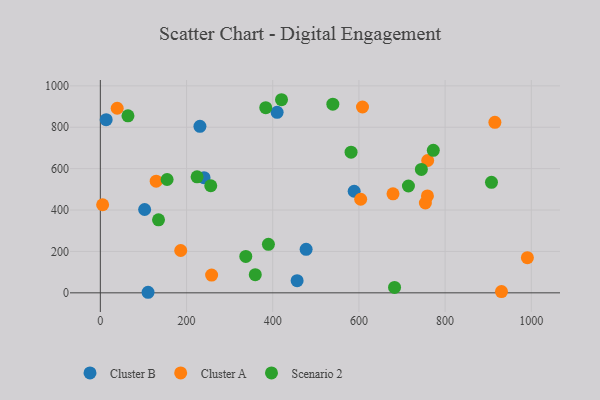
{"axis": {"x": "Ad Spend", "y": "Yield"}, "legend": ["Cluster A", "Cluster B", "Scenario 2"], "data": [{"x": "456.6", "y": 58.5, "type": "Cluster B"}, {"x": "13.5", "y": 836.7, "type": "Cluster B"}, {"x": "477.5", "y": 210.4, "type": "Cluster B"}, {"x": "589.0", "y": 490.7, "type": "Cluster B"}, {"x": "110.7", "y": 2.7, "type": "Cluster B"}, {"x": "102.8", "y": 402.6, "type": "Cluster B"}, {"x": "410.2", "y": 872.0, "type": "Cluster B"}, {"x": "240.6", "y": 556.2, "type": "Cluster B"}, {"x": "231.1", "y": 804.3, "type": "Cluster B"}, {"x": "186.5", "y": 204.5, "type": "Cluster A"}, {"x": "990.9", "y": 169.7, "type": "Cluster A"}, {"x": "39.1", "y": 891.7, "type": "Cluster A"}, {"x": "754.2", "y": 434.0, "type": "Cluster A"}, {"x": "930.8", "y": 6.0, "type": "Cluster A"}, {"x": "759.6", "y": 639.3, "type": "Cluster A"}, {"x": "679.1", "y": 478.1, "type": "Cluster A"}, {"x": "608.3", "y": 897.8, "type": "Cluster A"}, {"x": "5.3", "y": 425.5, "type": "Cluster A"}, {"x": "258.2", "y": 85.6, "type": "Cluster A"}, {"x": "604.1", "y": 452.1, "type": "Cluster A"}, {"x": "759.0", "y": 468.1, "type": "Cluster A"}, {"x": "915.5", "y": 823.7, "type": "Cluster A"}, {"x": "129.6", "y": 539.6, "type": "Cluster A"}, {"x": "581.8", "y": 679.3, "type": "Scenario 2"}, {"x": "390.0", "y": 234.3, "type": "Scenario 2"}, {"x": "135.0", "y": 352.6, "type": "Scenario 2"}, {"x": "539.5", "y": 911.5, "type": "Scenario 2"}, {"x": "682.7", "y": 26.2, "type": "Scenario 2"}, {"x": "772.6", "y": 688.4, "type": "Scenario 2"}, {"x": "383.8", "y": 894.3, "type": "Scenario 2"}, {"x": "744.9", "y": 596.0, "type": "Scenario 2"}, {"x": "224.5", "y": 560.5, "type": "Scenario 2"}, {"x": "714.9", "y": 516.0, "type": "Scenario 2"}, {"x": "359.5", "y": 87.7, "type": "Scenario 2"}, {"x": "64.1", "y": 855.1, "type": "Scenario 2"}, {"x": "420.4", "y": 932.9, "type": "Scenario 2"}, {"x": "907.6", "y": 534.0, "type": "Scenario 2"}, {"x": "256.2", "y": 517.2, "type": "Scenario 2"}, {"x": "154.9", "y": 547.4, "type": "Scenario 2"}, {"x": "337.5", "y": 175.7, "type": "Scenario 2"}]}